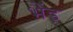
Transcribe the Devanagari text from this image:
भैंड़